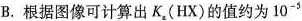
B.根据图像可计算出K_{ \varepsilon }(HX)的值约为10^{-5}